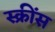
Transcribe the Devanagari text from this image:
स्क्रींस